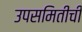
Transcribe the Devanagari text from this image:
उपसमितीची